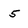
Character: 5